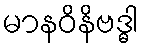
မာနဝိနိဗဒ္ဓါ